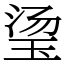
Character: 𬍡